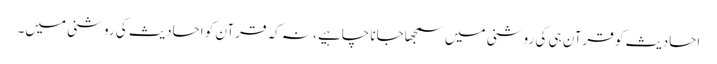
احادیث کو قرآن ہی کی روشنی میں سمجھا جانا چاہیے، نہ کہ قرآن کو احادیث کی روشنی میں۔